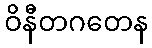
ဝိနီတဂတေန